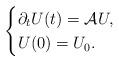
LaTeX: \begin{align*}\begin{cases}\partial_t U(t)=\mathcal{A}U,\\U(0)=U_0.\end{cases}\end{align*}